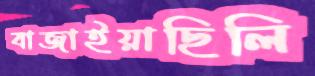
বাজাইয়াছিলি